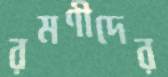
রমণীদের